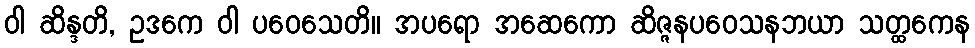
ဝါ ဆိန္ဒတိ, ဥဒကေ ဝါ ပဝေသေတိ။ အပရော အဆေကော ဆိဇ္ဇနပဝေသနဘယာ သတ္ထကေန